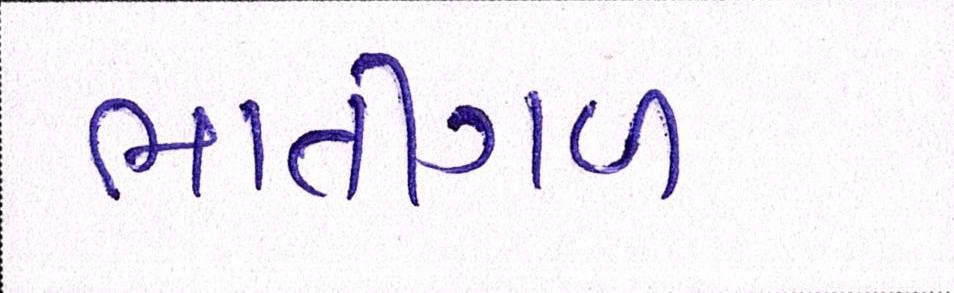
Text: ભાતીગળ